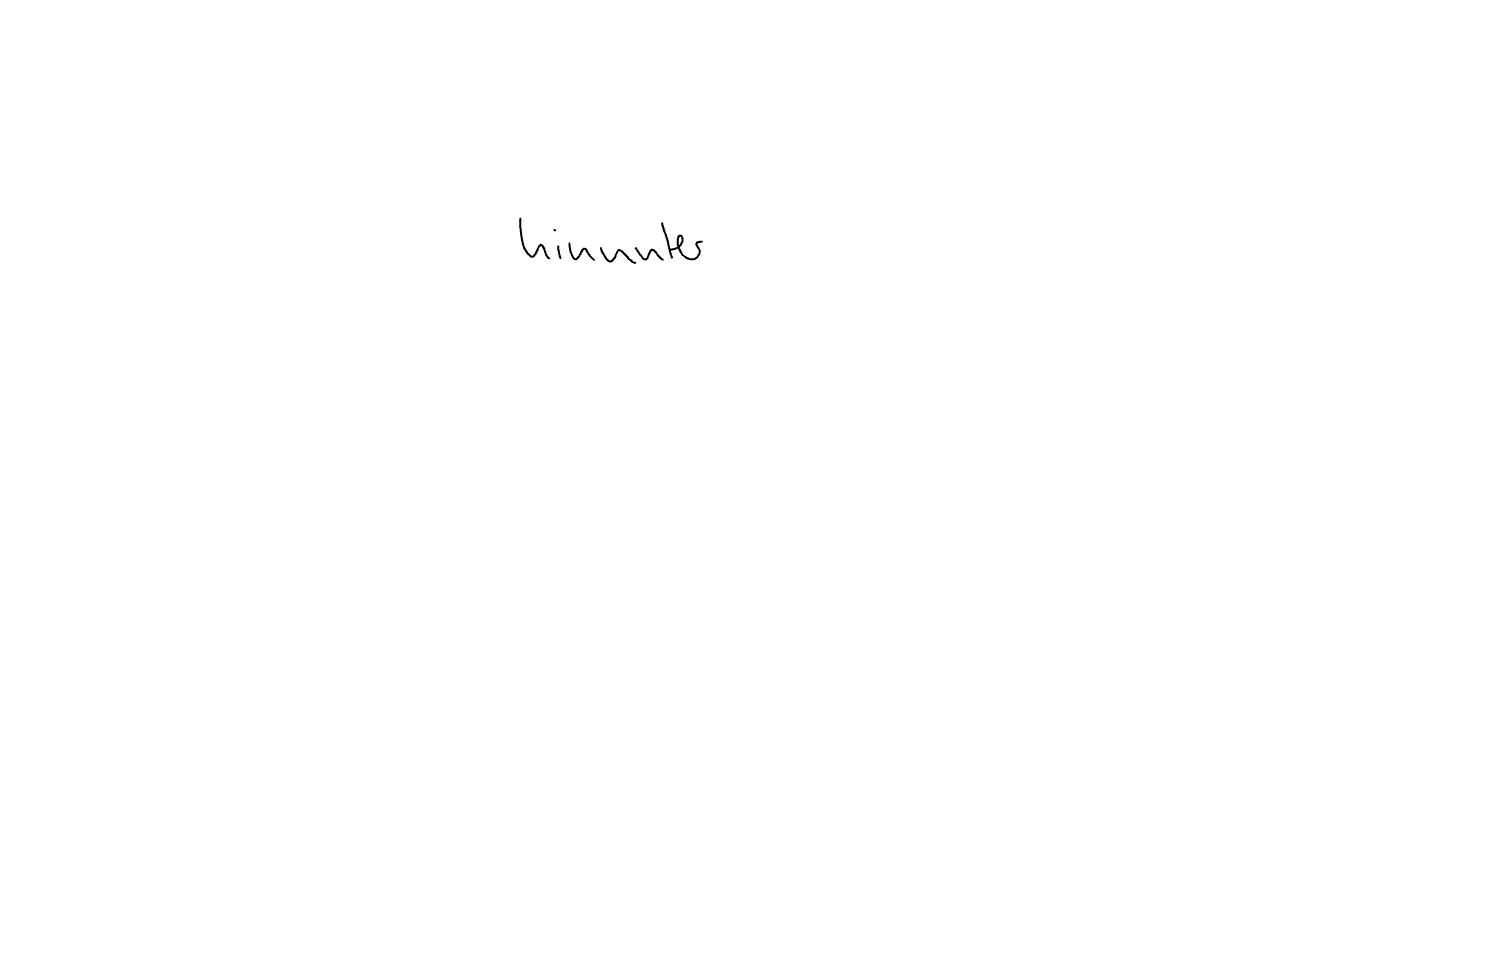
Text: hinunter